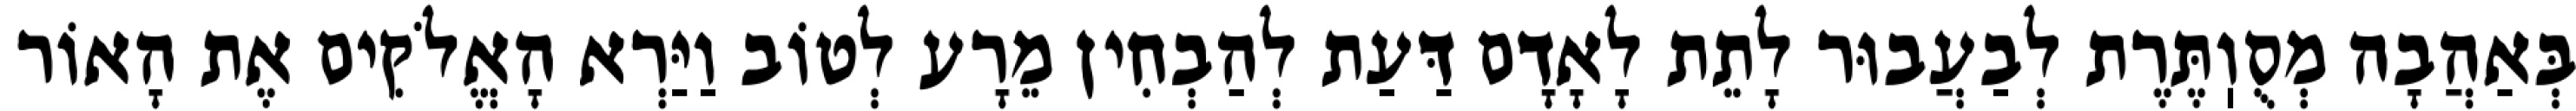
בְּאַהֲבָה מְסֻוֽתֶּרֶת לְבַעֲבוּר לָתֵת לָאָדָם דַּעַת לְהַבְחִין מֵרָע לְטוֹב וַיַּרְא הָאֱלֹקִים אֶת הָאוֹר